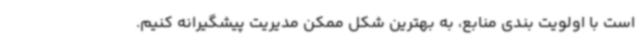
است با اولویت بندی منابع، به بهترین شکل ممکن مدیریت پیشگیرانه کنیم.